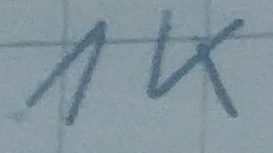
Text: 1K